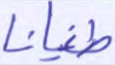
طغيانا